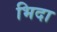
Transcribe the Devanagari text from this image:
भिदा